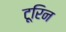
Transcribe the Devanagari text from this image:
टूरिन